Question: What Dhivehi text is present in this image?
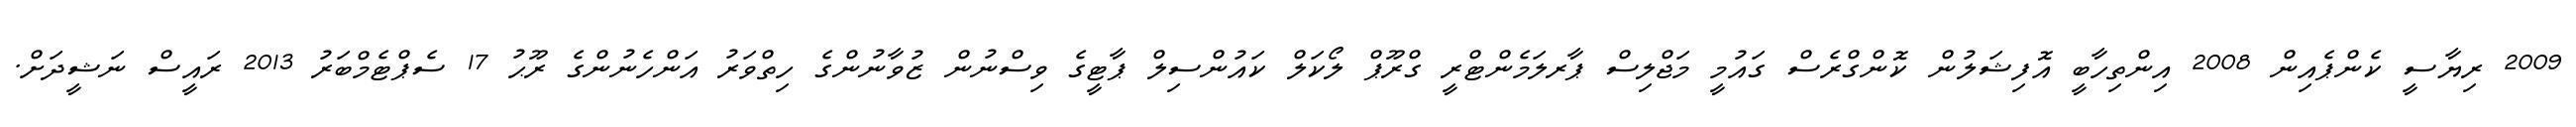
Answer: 2009 ރިޔާސީ ކެންޕެއިން 2008 އިންތިހާބީ އޮފިޝަލުން ކޮންގްރެސް ގައުމީ މަޖްލިސް ޕާރލަމެންޓްރީ ގްރޫޕް ލޯކަލް ކައުންސިލް ޕާޓީގެ ވިސްނުން ޒުވާނުންގެ ހިތްވަރު އަންހެނުންގެ ރޫޙު 17 ސެޕްޓެމްބަރު 2013 ރައީސް ނަޝީދަށް.